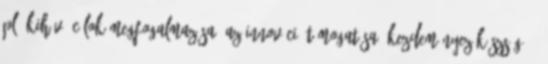
pl. kihívó célok megfogalmazása az innováció támogatása kezdeményezőkészség 10